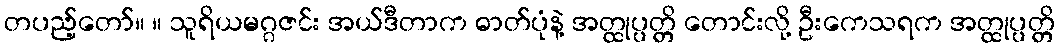
တပည့်တော်။ ။ သူရိယမဂ္ဂဇင်း အယ်ဒီတာက ဓာတ်ပုံနဲ့ အတ္ထုပ္ပတ္တိ တောင်းလို့ ဦးကေသရက အတ္ထုပ္ပတ္တိ